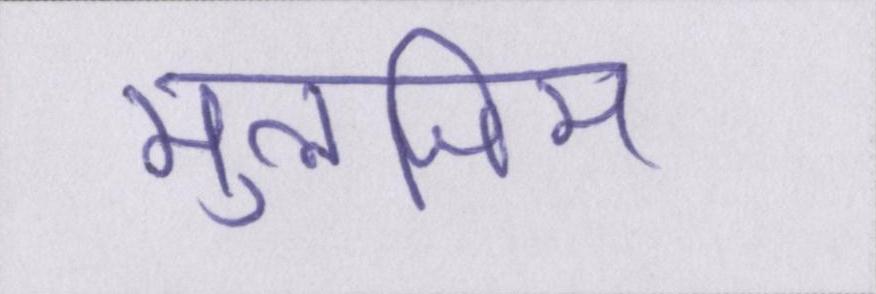
मुलजिम